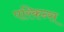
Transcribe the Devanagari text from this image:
परिकन्स